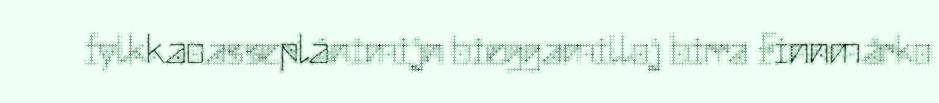
fylkkaoasseplánimijn bieggamilloj birra Finnmárko